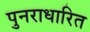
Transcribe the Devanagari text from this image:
पुनराधारित